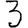
Digit: 3